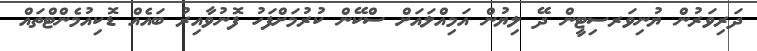
ދަރިވަރުން ޔުނިވަރސިޓީން ދޭ ލިޔުން އަމިއްލައަށް ސްކޭން ކުރުމަށްފަހު ފޮނުވާއިރު ބައެއް ޑޮކިއުމެންޓްތައް